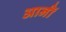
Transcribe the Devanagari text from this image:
आर्नॉ